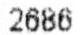
2686